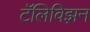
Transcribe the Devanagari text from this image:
टॅलिविझ़न